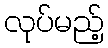
လုပ်မည့်